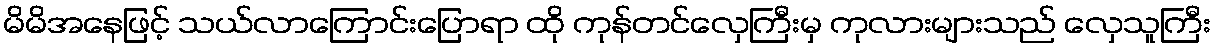
မိမိအနေဖြင့် သယ်လာကြောင်းပြောရာ ထို ကုန်တင်လှေကြီးမှ ကုလားများသည် လှေသူကြီး